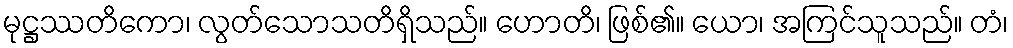
မုဋ္ဌဿတိကော၊ လွတ်သောသတိရှိသည်။ ဟောတိ၊ ဖြစ်၏။ ယော၊ အကြင်သူသည်။ တံ၊